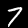
Digit: 7